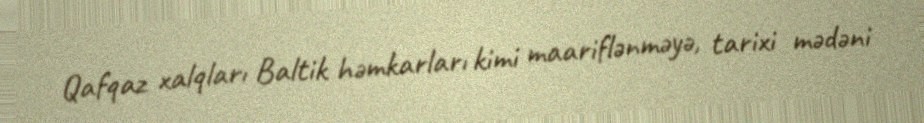
Qafqaz xalqları Baltik həmkarları kimi maariflənməyə, tarixi mədəni